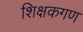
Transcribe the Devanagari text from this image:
शिक्षकगण